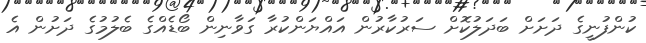
ކުންފުނީގެ ދަށަށް ބަދަލުކޮށް ސަރުކާރުން އައްޔަންކުރާ ގަވާނިން ބޯޑެއްގެ ބެލުމުގެ ދަށުން އެ